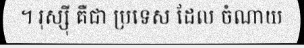
។ រុស្ស៊ី គឺជា ប្រទេស ដែល ចំណាយ